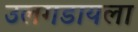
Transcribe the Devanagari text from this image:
उलगडायला